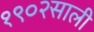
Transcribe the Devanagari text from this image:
१९०२साली